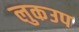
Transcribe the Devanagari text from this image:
लुकउप